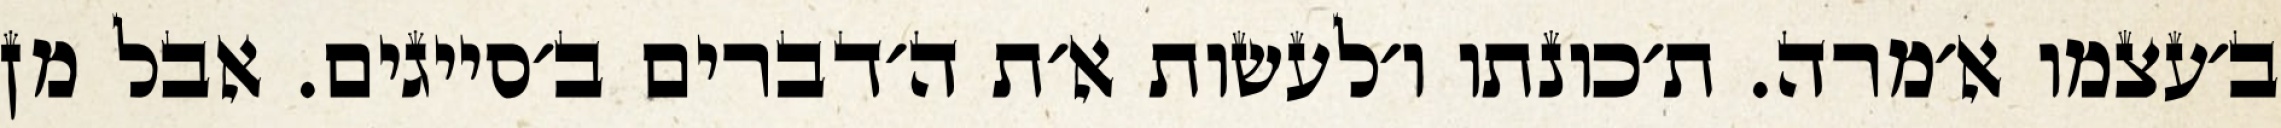
ב׳עצמו א׳מרה. ת׳כונתו ו׳לעשות א׳ת ה׳דברים ב׳סייגים. אבל מן